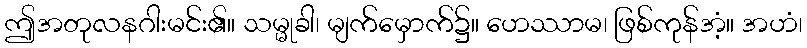
ဤအတုလနဂါးမင်း၏။ သမ္မုခါ၊ မျက်မှောက်၌။ ဟေဿာမ၊ ဖြစ်ကုန်အံ့။ အဟံ၊